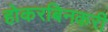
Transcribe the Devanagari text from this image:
होकरबिनकरी